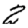
Digit: 2